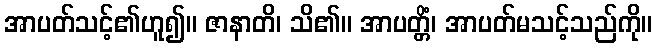
အာပတ်သင့်၏ဟူ၍။ ဇာနာတိ၊ သိ၏။ အာပတ္တိံ၊ အာပတ်မသင့်သည်ကို။